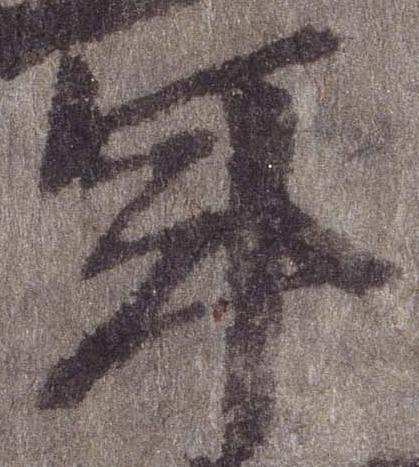
年